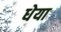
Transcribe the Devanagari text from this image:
धेया